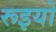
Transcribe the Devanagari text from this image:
रूइयो